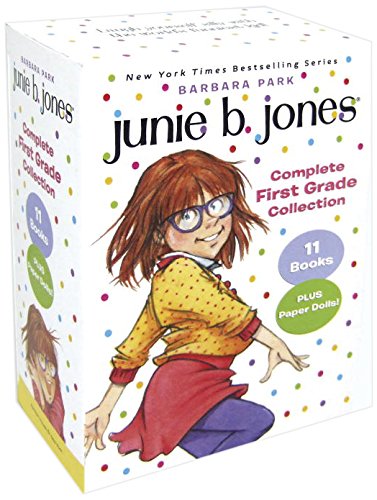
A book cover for Junie B. Jones Complete First Grade Collection: Books 18-28 with paper dolls in boxed set; Barbara Park; Children's Books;